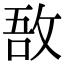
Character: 敔